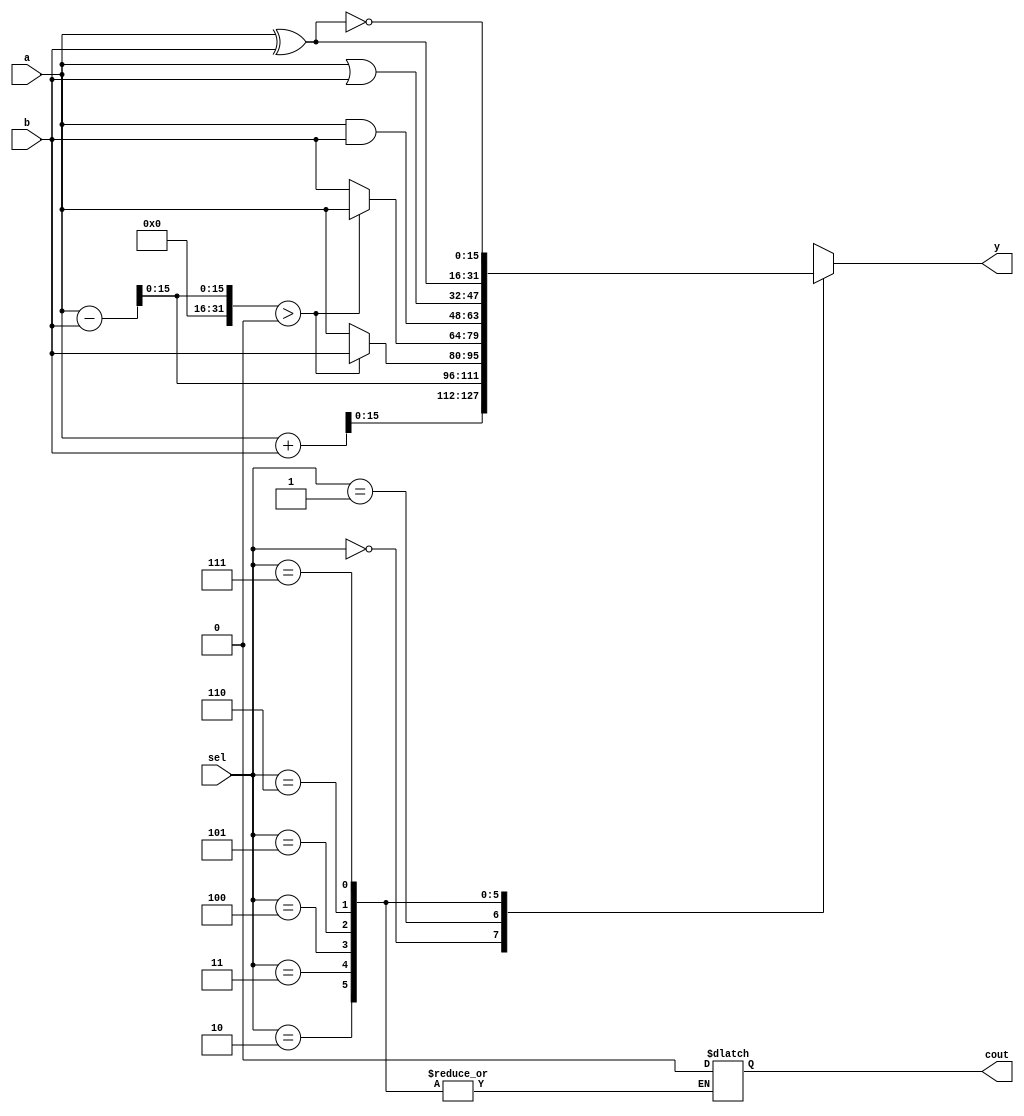
module ALU(a,b,sel,y,cout);

input[15:0] a;
input[15:0] b;
input[2:0] sel;

output[15:0] y;
output cout;

reg[16:0] y0; //000
reg[16:0] y1; //001
reg[15:0] y2; //010
reg[15:0] y3; //011
reg[15:0] y4; //100
reg[15:0] y5; //101
reg[15:0] y6; //110
reg[15:0] y7; //111

reg[15:0] y; //output in module the output should be always reg, unless
reg cout;//output

reg c0 = 1'b0;
reg c1 = 1'b0;

//You SHOULD NOT USE ASSIGN in IF_ELSE
//A+B
assign y0 = a+b;
assign c0 = y0[16];

//A-B
assign y1 = a-b;
assign c1 = y1[16]; //Carry would be performed implicitly

//min{a,b}
assign y2 = (a-b) > 0 ? b : a ;

//max{a,b}
assign y3 = (a-b) > 0 ? a : b ; 
//bitwise A & B
assign y4 = a & b;

//bitwise A OR B
assign y5 = a | b;

//A XOR B
assign y6 = a ^ b;

//A XNOR B
assign y7 = ~( a^b );

//MUX, output [15:0] y , 1 bit cout
always @(*) begin //Within the sensitivity block, reg is always used.
  case(sel)//OPCODE Selection for mux
    
    3'b000 : begin
       y = y0; 
       cout = c0;
    end
    3'b001 : begin
      y = y1;
      cout = c1;
    end

    3'b010 : y = y2;
    3'b011 : y = y3;
    3'b100 : y = y4;
    3'b101 : y = y5;
    3'b110 : y = y6;
    3'b111 : y = y7;
    default : y = 0; 

  endcase
end


endmodule